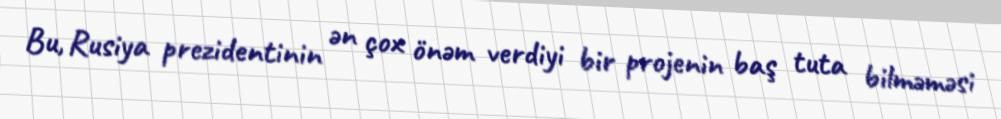
Bu, Rusiya prezidentinin ən çox önəm verdiyi bir projenin baş tuta bilməməsi